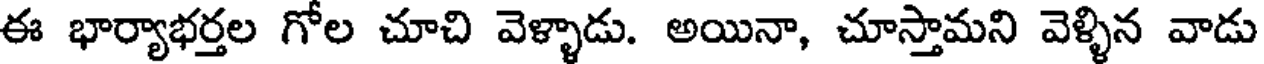
ఈ భార్యాభర్తల గోల చూచి వెళ్ళాడు. అయినా, చూస్తామని వెళ్ళిన వాడు